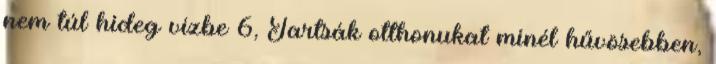
nem túl hideg vízbe 6, Tartsák otthonukat minél hűvösebben,